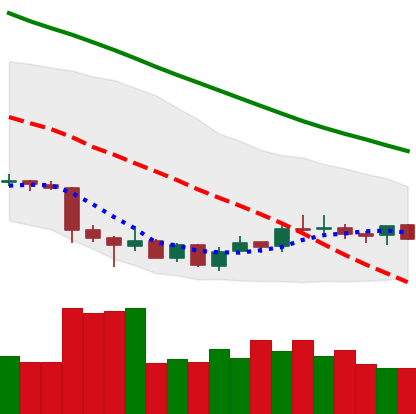
Ticker: LTC-USD
Chart end date: 2018-07-08
Forward return: -6.619%
Label: down_5_7